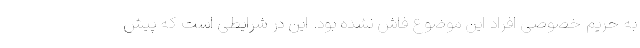
به حریم خصوصی افراد این موضوع فاش نشده بود. این در شرایطی است که پیش